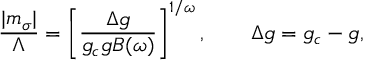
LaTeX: \frac { | m _ { \sigma } | } { \Lambda } = \left[ \frac { \Delta g } { g _ { c } g B ( \omega ) } \right] ^ { 1 / \omega } , \qquad \Delta g = g _ { c } - g ,